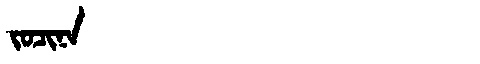
Manchu: ᠵᠣᠴᡳᠨᠠ
Romanization: JOCINA